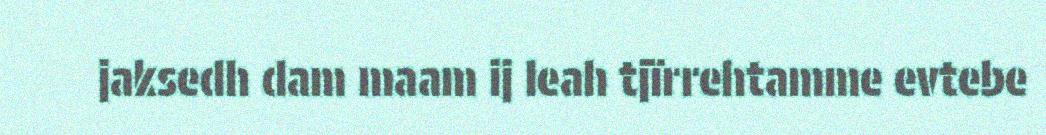
jaksedh dam maam ij leah tjïrrehtamme evtebe